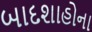
બાદશાહોના